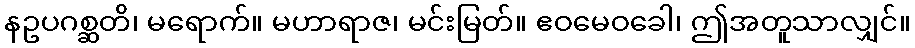
နဥပဂစ္ဆတိ၊ မရောက်။ မဟာရာဇ၊ မင်းမြတ်။ ဧဝမေဝခေါ၊ ဤအတူသာလျှင်။